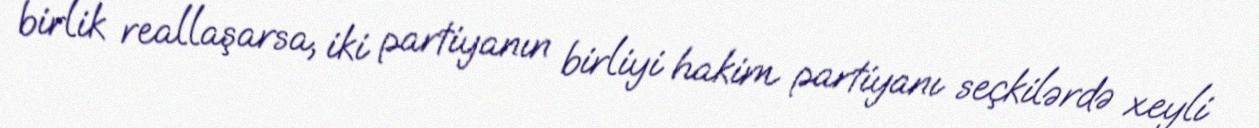
birlik reallaşarsa, iki partiyanın birliyi hakim partiyanı seçkilərdə xeyli